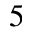
_ 5